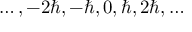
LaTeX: \ldots , - 2 \hbar , - \hbar , 0 , \hbar , 2 \hbar , \ldots